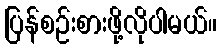
ပြန်စဉ်းစားဖို့လိုပါမယ်။